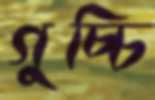
গুচ্চি